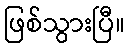
ဖြစ်သွားပြီ။